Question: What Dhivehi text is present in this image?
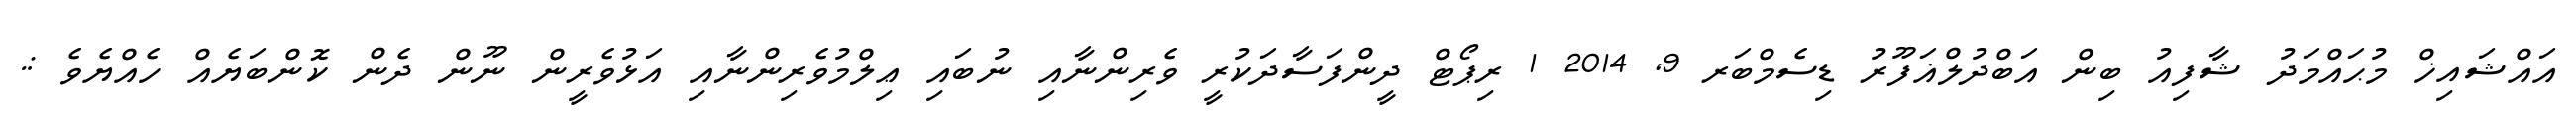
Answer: އައްޝައިޚް މުޙައްމަދު ޝާފިއު ބިން އަބްދުލްޣަފޫރު ޑިސެމްބަރ 9, 2014 1 ރިޕޯޓް ދީންފަސާދަކުރީ ވެރިންނާއި ނުބައި ޢިލްމުވެރިންނާއި އަޅުވެރީން ނޫން ދެން ކޮންބަޔެއް ހެއްޔެވެ :.